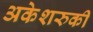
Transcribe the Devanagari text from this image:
अकेशरुकी